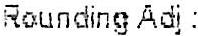
ROUNDING ADJ :